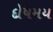
દોષમય